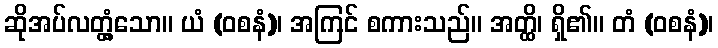
ဆိုအပ်လတ္တံ့သော။ ယံ (ဝစနံ)၊ အကြင် စကားသည်။ အတ္ထိ၊ ရှိ၏။ တံ (ဝစနံ)၊